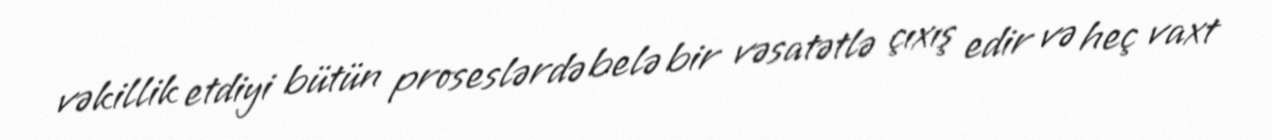
vəkillik etdiyi bütün proseslərdə belə bir vəsatətlə çıxış edir və heç vaxt